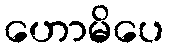
ဟောမိပေ